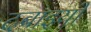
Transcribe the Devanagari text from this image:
दबाइयों